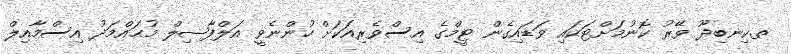
ތ.ކިނބިދޫ ވޭރު ކޮނުމަށްޓަކައި ވަޑައިގެން ޓީމްގެ އިސްވެރިއަކަށް ހުންނެވީ އަލްފާޟިލް މުޙައްމަދު އިސްމާއިލް